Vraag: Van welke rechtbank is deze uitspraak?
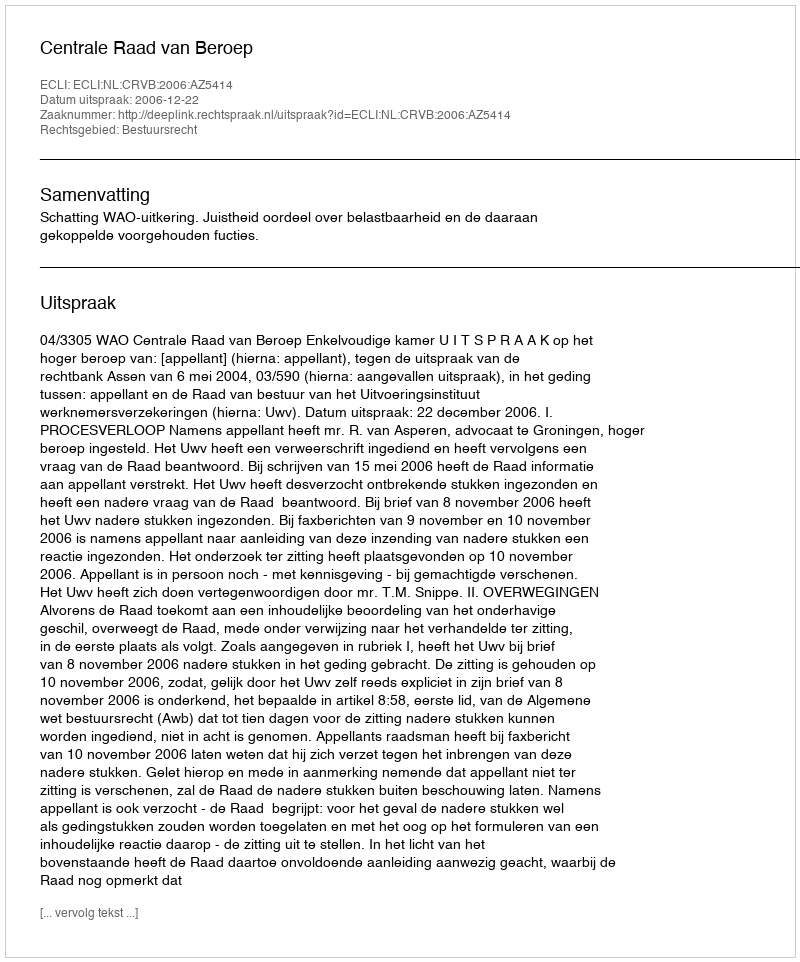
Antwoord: Centrale Raad van Beroep